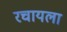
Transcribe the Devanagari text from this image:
रचायला